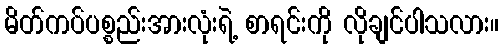
မိတ်ကပ်ပစ္စည်းအားလုံးရဲ့ စာရင်းကို လိုချင်ပါသလား။